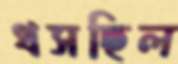
ধসছিল